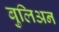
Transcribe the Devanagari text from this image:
बुलिअन